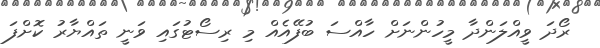
ރޯދަ ވީއްލަންދާ މީހުންނަށް ހާއްސަ ބުފޭއެއް މި ރިސޯޓުގައި ވަނީ ތައްޔާރު ކޮށްފަ